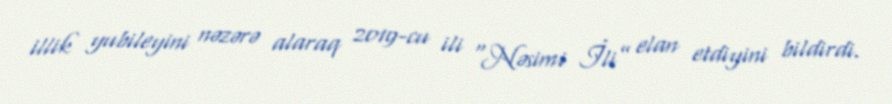
illik yubileyini nəzərə alaraq 2019-cu ili “Nəsimi İli” elan etdiyini bildirdi.